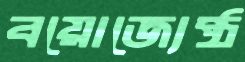
বয়োজ্যেষ্ঠ